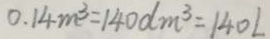
0 . 1 4 m ^ { 3 } = 1 4 0 d m ^ { 3 } = 1 4 0 L